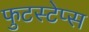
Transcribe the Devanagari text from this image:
फुटस्टेप्स